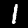
Label: 1